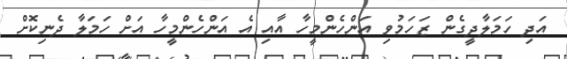
އަދި ހަމަލާދީގެން ޒަހަމުވި އަންހެންމީހާ އާއި އެ އަންހެންމީހާ އަށް ހަމަލާ ދެނިކޮށް